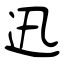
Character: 迅